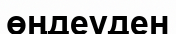
өңдеуден